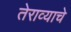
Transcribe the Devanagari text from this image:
तेराव्याचे